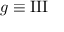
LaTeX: g \equiv \operatorname { I I I }